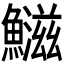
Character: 𬵱